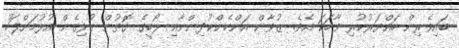
ބައިވެރިން ހައްޔަރުކުރި ވާހަކަ އެވެ. ޒުވާން އަންހެންކުދިންނާއި ލޯބީގެ ގޮތުން ގުޅިގެން އުޅުމަށްފަހު